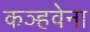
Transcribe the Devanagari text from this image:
कञ्हवेना